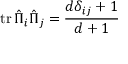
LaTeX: \operatorname { t r } { \hat { \Pi } } _ { i } { \hat { \Pi } } _ { j } = { \frac { d \delta _ { i j } + 1 } { d + 1 } }